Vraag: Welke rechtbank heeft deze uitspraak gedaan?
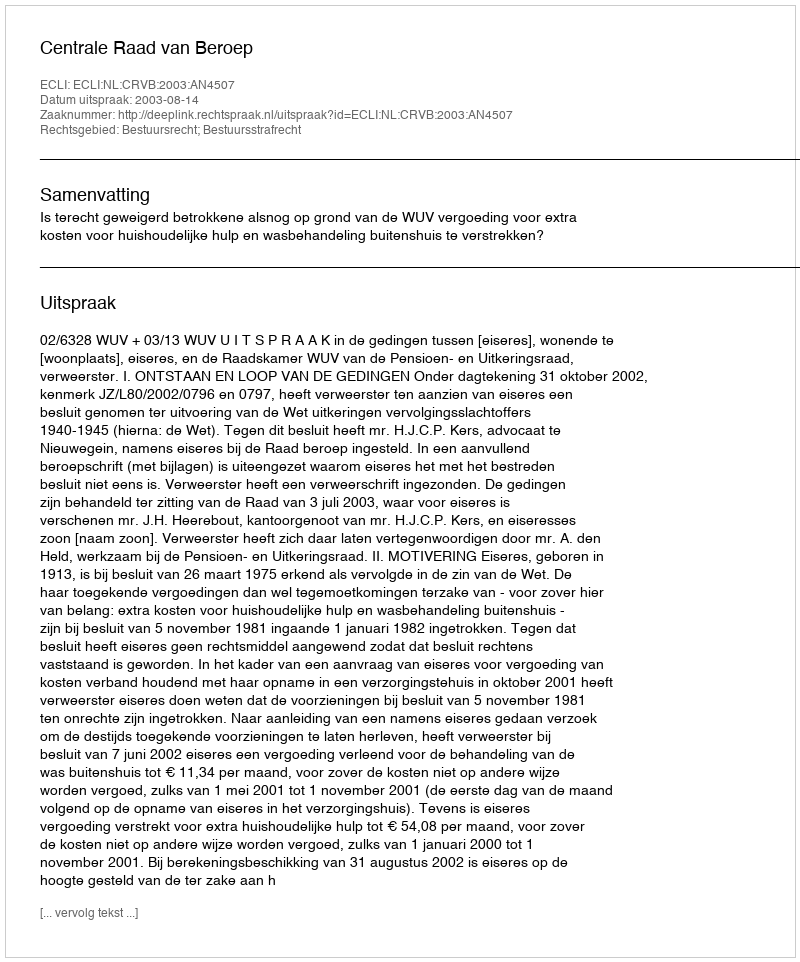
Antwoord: Centrale Raad van Beroep